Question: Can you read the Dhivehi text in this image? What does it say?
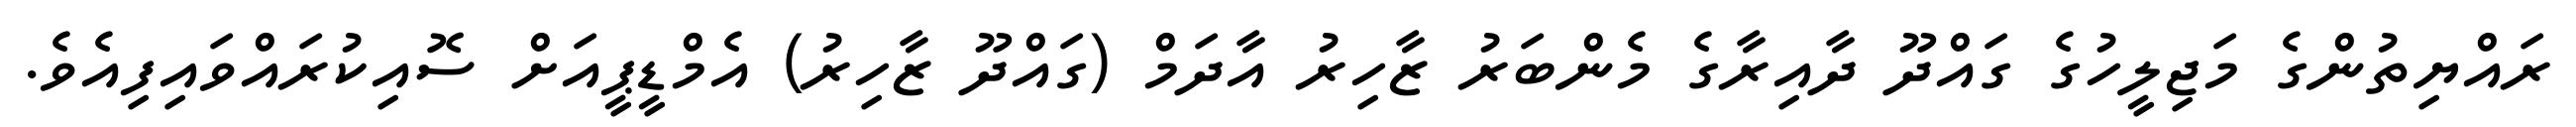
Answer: ރައްޔިތުންގެ މަޖިލީހުގެ ގައްދޫ ދާއިރާގެ މެންބަރު ޒާހިރު އާދަމް (ގައްދޫ ޒާހިރު) އެމްޑީޕީއަށް ސޮއިކުރައްވައިފިއެވެ.